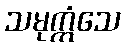
သမုက္ကံသေ